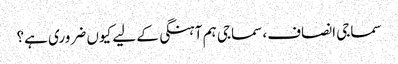
سماجی انصاف، سماجی ہم آہنگی کے لیے کیوں ضروری ہے؟